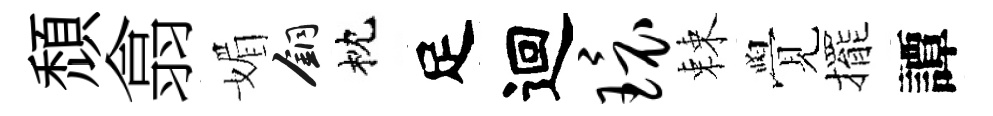
頹翕媚銅枕足迴环棘覺擺譚